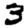
Digit: 3